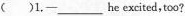
( )1,-___he excited, too?